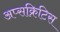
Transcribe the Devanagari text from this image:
अप्सक्रिटिस